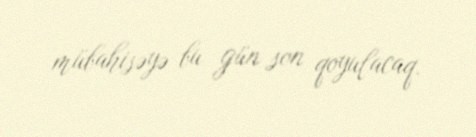
mübahisəyə bu gün son qoyulacaq.